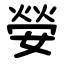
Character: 嫈